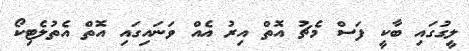
ލީގުގައި ބާކީ ފަސް މެޗު އޮތް އިރު އެއް ވަނައިގައި އޮތް އެތުލެޓިކޯ